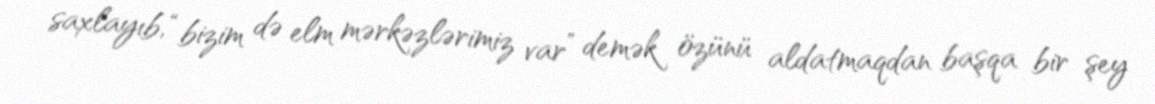
saxlayıb, “bizim də elm mərkəzlərimiz var” demək özünü aldatmaqdan başqa bir şey